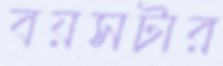
বয়সটার